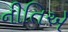
નીતિએ